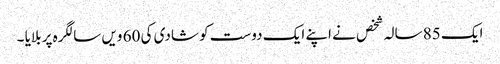
ایک 85 سالہ شخص نے اپنے ایک دوست کو شادی کی 60 ویں سالگرہ پر بلایا ۔